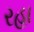
રહા